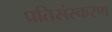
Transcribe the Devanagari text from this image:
प्रतिसंस्करण